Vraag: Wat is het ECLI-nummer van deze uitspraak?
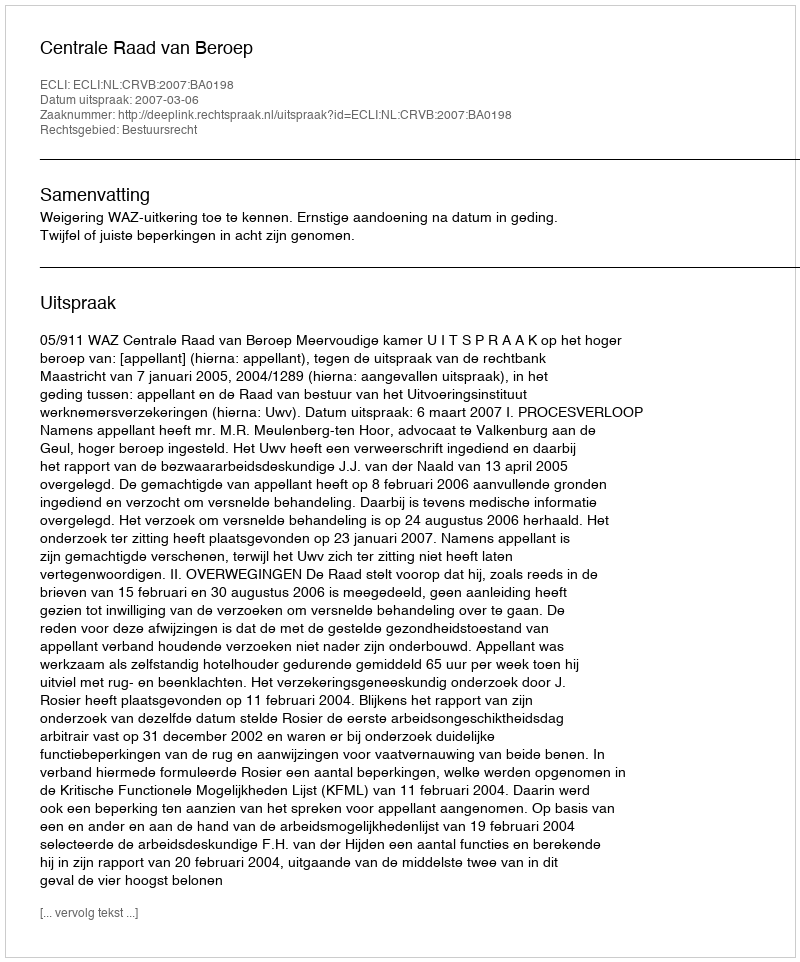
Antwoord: ECLI:NL:CRVB:2007:BA0198